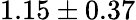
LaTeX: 1.15\pm 0.37